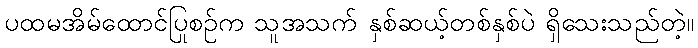
ပထမအိမ်ထောင်ပြုစဉ်က သူအသက် နှစ်ဆယ့်တစ်နှစ်ပဲ ရှိသေးသည်တဲ့။